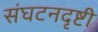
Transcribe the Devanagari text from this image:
संघटनदृष्टी